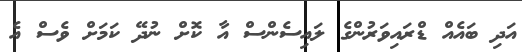
އަދި ބައެއް ޑްރައިވަރުންގެ ލައިސެންސް އާ ކޮށް ނުދޭ ކަމަށް ވެސް އެ